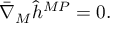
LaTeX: \bar { \nabla } _ { M } \hat { h } ^ { M P } = 0 .